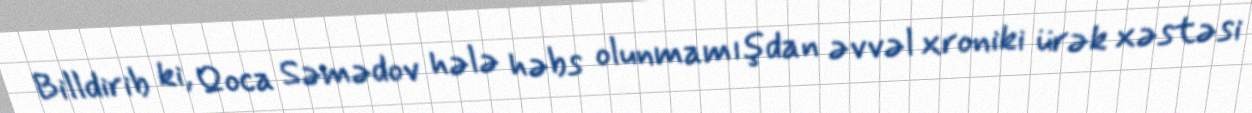
Billdirib ki, Qoca Səmədov hələ həbs olunmamışdan əvvəl xroniki ürək xəstəsi